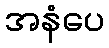
အနံပေ